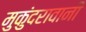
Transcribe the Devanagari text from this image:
मुकुंदरावानी